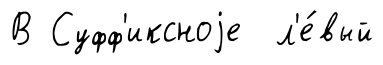
В Суфф'иксноjе л'е́вый